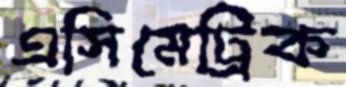
এসিমেট্রিক